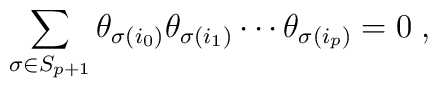
\sum_{\sigma \in S_{p+1}}\theta_{\sigma (i_{0})}\theta_{\sigma(i_{1})}\cdots\theta_{\sigma(i_{p})}=0\;,